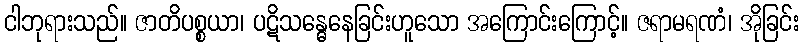
ငါဘုရားသည်။ ဇာတိပစ္စယာ၊ ပဋိသန္ဓေနေခြင်းဟူသော အကြောင်းကြောင့်။ ဇရာမရဏံ၊ အိုခြင်း